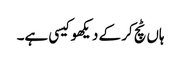
ہاں ٹچ کر کے دیکھو کیسی ہے۔